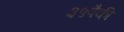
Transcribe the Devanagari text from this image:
३५पैकी